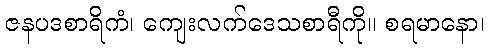
ဇနပဒစာရိကံ၊ ကျေးလက်ဒေသစာရီကို။ စရမာနော၊